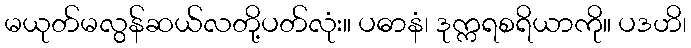
မယုတ်မလွန်ဆယ်လတို့ပတ်လုံး။ ပဓာနံ၊ ဒုက္ကရစရိယာကို။ ပဒဟိ၊